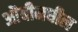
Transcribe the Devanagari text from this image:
ओंबीमधील